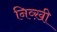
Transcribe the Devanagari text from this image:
निव्ख़ी